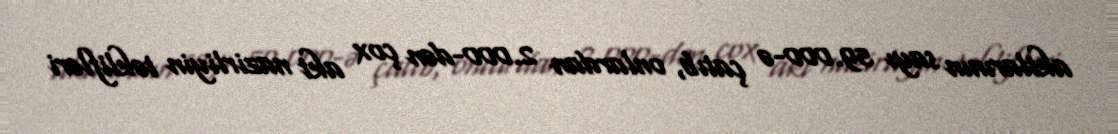
aktlarının sayı 59.000-ə çatıb, onlardan 2.000-dən çox akt nazirliyin təklifləri